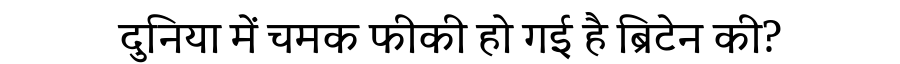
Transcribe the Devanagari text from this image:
दुनिया में चमक फीकी हो गई है ब्रिटेन की?